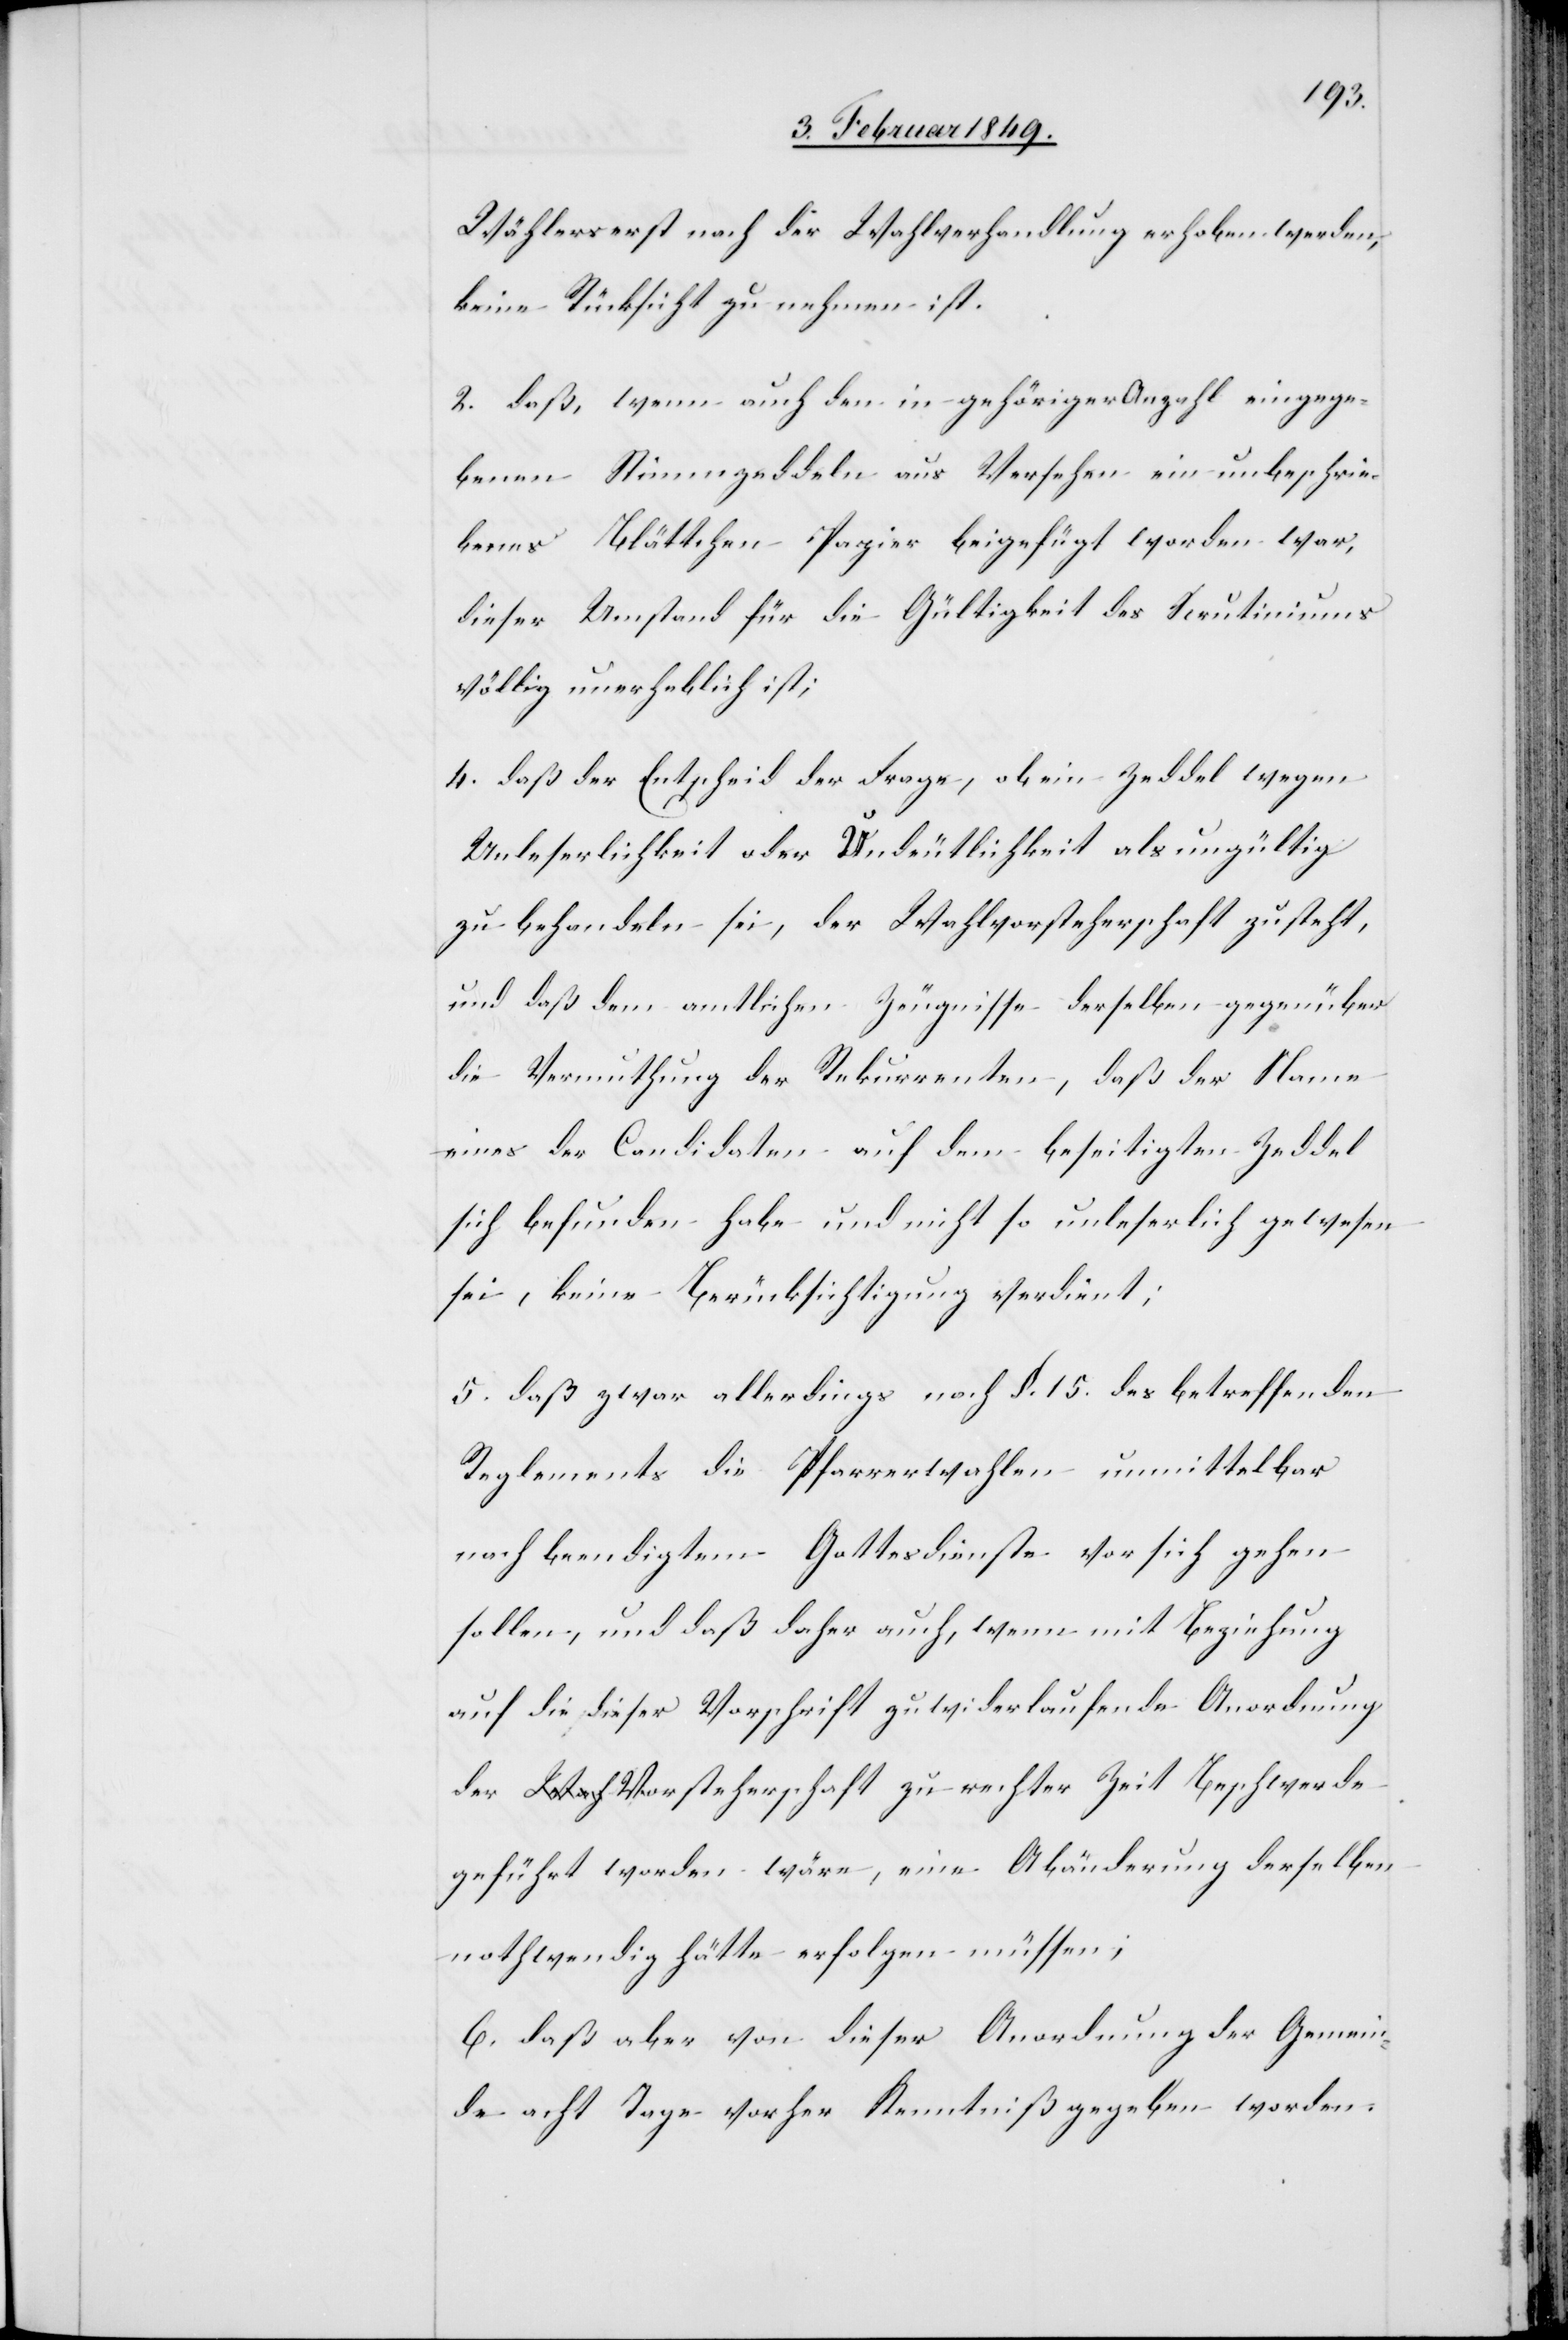
Wählers erst nach der Wahlverhandlung erhoben werden,
keine Rücksicht zu nehmen ist.
3.] daß, wenn auch den in gehöriger Anzahl eingegan¬
genen Stimmzeddeln aus Versehen ein unbeschrie¬
benes Blättchen Papier beigefügt worden war,
dieser Umstand für die Gültigkeit des Scrutiniums
völlig unerheblich ist;
4. daß der Entscheid der Frage, ob ein Zeddel wegen
Unleserlichkeit oder Undeutlichkeit als ungültig
zu behandeln sei, der Wahlvorsteherschaft zusteht,
und daß dem amtlichen Zeugnisse derselben gegenüber
die Vermuthung der Rekurrenten, daß der Name
eines der Candidaten auf dem beseitigten Zeddel
sich befunden habe und nicht so unleserlich gewesen
sei, keine Berücksichtigung verdient.
5. daß zwar allerdings nach §. 15. des betreffenden
Reglements die Pfarrerwahlen unmittelbar
nach beendigtem Gottesdienst vor sich gehen
sollen, und daß daher auch, wenn mit Beziehung
auf die dieser Vorschrift zuwiderlaufende Anordnung
der Vorsteherschaft zu rechter Zeit Beschwerde
geführt worden wäre, eine Abänderung derselben
nothwendig hätte erfolgen müssen;
6. daß aber von dieser Anordnung der Gemein¬
de acht Tage vorher Kenntniß gegeben worden